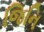
જિનિ